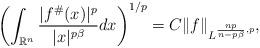
LaTeX: \begin{align*}\left(\int_{\mathbb{R}^n}\frac{|f^{\#}(x)|^p}{|x|^{p\beta}}dx\right)^{1/p}=C\|f\|_{L^{\frac{np}{n-p\beta},p}},\end{align*}